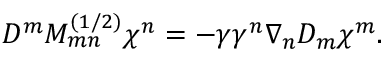
D ^ { m } M _ { m n } ^ { ( 1 / 2 ) } \chi ^ { n } = - \gamma \gamma ^ { n } \nabla _ { n } D _ { m } \chi ^ { m } .